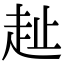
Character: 𧺠